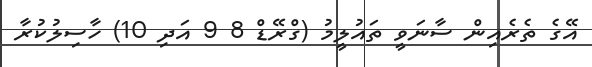
އޭގެ ތެރެއިން ސާނަވީ ތައުލީމު (ގްރޭޑް 8 9 އަދި 10) ހާސިލުކުރާ